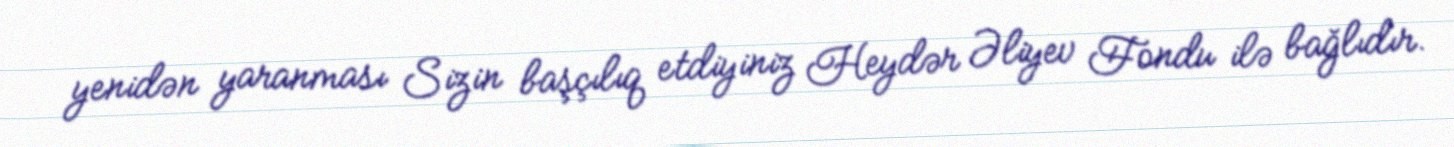
yenidən yaranması Sizin başçılıq etdiyiniz Heydər Əliyev Fondu ilə bağlıdır.